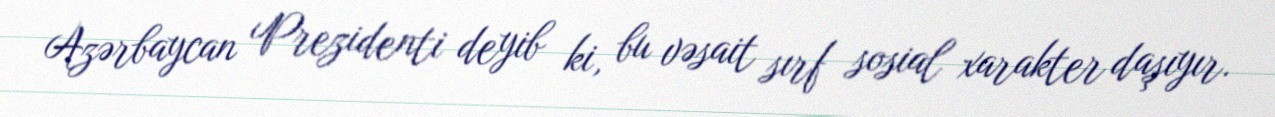
Azərbaycan Prezidenti deyib ki, bu vəsait sırf sosial xarakter daşıyır.